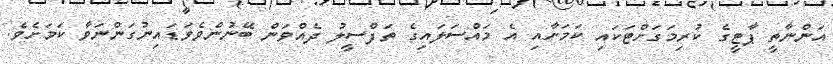
އަންނާތީ ޕާޓީގެ ކުރިމަގަށްޓަކައި ކަމަށާއި އެ މައްސަލައިގެ ތަފްސީލު ދެއްވަން ބޭނުންވެވަޑައިނުގަންނަވާ ކަމަށެވެ.